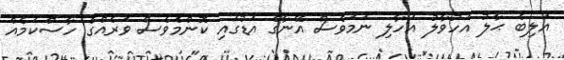
އަލިބެ ޙާލު އަހުވާލު އަހާލި ނަމަވެސް އޭނާގެ އަޑުގައި ކޮންމެވެސް ވަރެއްގެ ހާސްކަމެއް